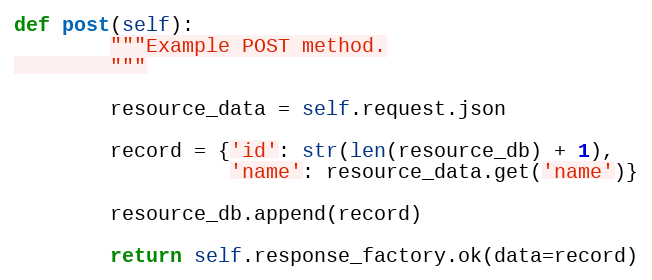
Language: Python
def post(self):
        """Example POST method.
        """

        resource_data = self.request.json

        record = {'id': str(len(resource_db) + 1),
                  'name': resource_data.get('name')}

        resource_db.append(record)

        return self.response_factory.ok(data=record)